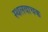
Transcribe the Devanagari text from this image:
स्थलवाचक